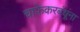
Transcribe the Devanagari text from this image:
चाफेकरबंधूंना